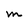
Character: m